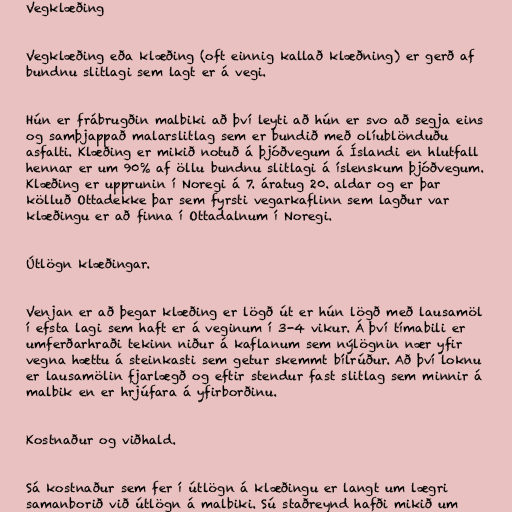
Vegklæðing

Vegklæðing eða klæðing (oft einnig kallað klæðning) er gerð af
bundnu slitlagi sem lagt er á vegi.

Hún er frábrugðin malbiki að því leyti að hún er svo að segja eins
og samþjappað malarslitlag sem er bundið með olíublönduðu
asfalti. Klæðing er mikið notuð á þjóðvegum á Íslandi en hlutfall
hennar er um 90% af öllu bundnu slitlagi á íslenskum þjóðvegum.
Klæðing er upprunin í Noregi á 7. áratug 20. aldar og er þar
kölluð Ottadekke þar sem fyrsti vegarkaflinn sem lagður var
klæðingu er að finna í Ottadalnum í Noregi.

Útlögn klæðingar.

Venjan er að þegar klæðing er lögð út er hún lögð með lausamöl
í efsta lagi sem haft er á veginum í 3-4 vikur. Á því tímabili er
umferðarhraði tekinn niður á kaflanum sem nýlögnin nær yfir
vegna hættu á steinkasti sem getur skemmt bílrúður. Að því loknu
er lausamölin fjarlægð og eftir stendur fast slitlag sem minnir á
malbik en er hrjúfara á yfirborðinu.

Kostnaður og viðhald.

Sá kostnaður sem fer í útlögn á klæðingu er langt um lægri
samanborið við útlögn á malbiki. Sú staðreynd hafði mikið um